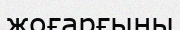
жоғарғыны